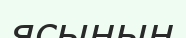
ясының